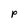
Character: P